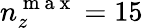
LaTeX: n_{z}^{\mathrm{~m~a~x~}}=15